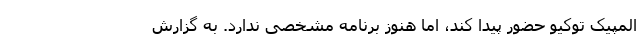
المپیک توکیو حضور پیدا کند، اما هنوز برنامه مشخصی ندارد. به گزارش